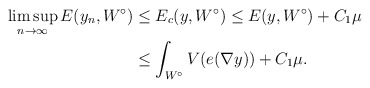
\begin{align*}\limsup_{n \to \infty} E(y_n,W^\circ) &\le E_c(y, W^\circ) \le E(y,W^\circ) + C_1\mu \\ & \le \int_{W^\circ} V(e(\nabla y)) + C_1\mu.\end{align*}